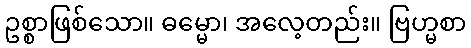
ဥစ္စာဖြစ်သော။ ဓမ္မော၊ အလေ့တည်း။ ဗြဟ္မစာ